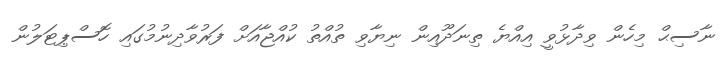
ނާސިޙް މިހެން ވިދާޅުވީ އިއްޔެ ތިނަދޫއިން ނިޔާވި ތުއްތު ކުއްޖާއަށް ފަރުވާދިނުމުގައި ހޮސްޕިޓަލުން